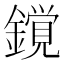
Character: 𨬥